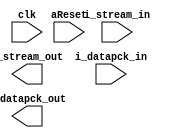
`timescale 1ns/10ps

module spi_master #(parameter
    fifo_depth = 8 
    
) (
    input wire clk,
    input wire aReset,
    input wire i_stream_in,
    output wire o_stream_out,
    input wire i_datapck_in,
    output wire o_datapck_out

);
    
// Reg declarations
reg datapck_in;
reg datapck_out;
reg stream_in;
reg stream_out;

// Wire declarations

// Wire assignments

assign o_stream_out = stream_out;
assign o_datapck_out = datapck_out;



endmodule